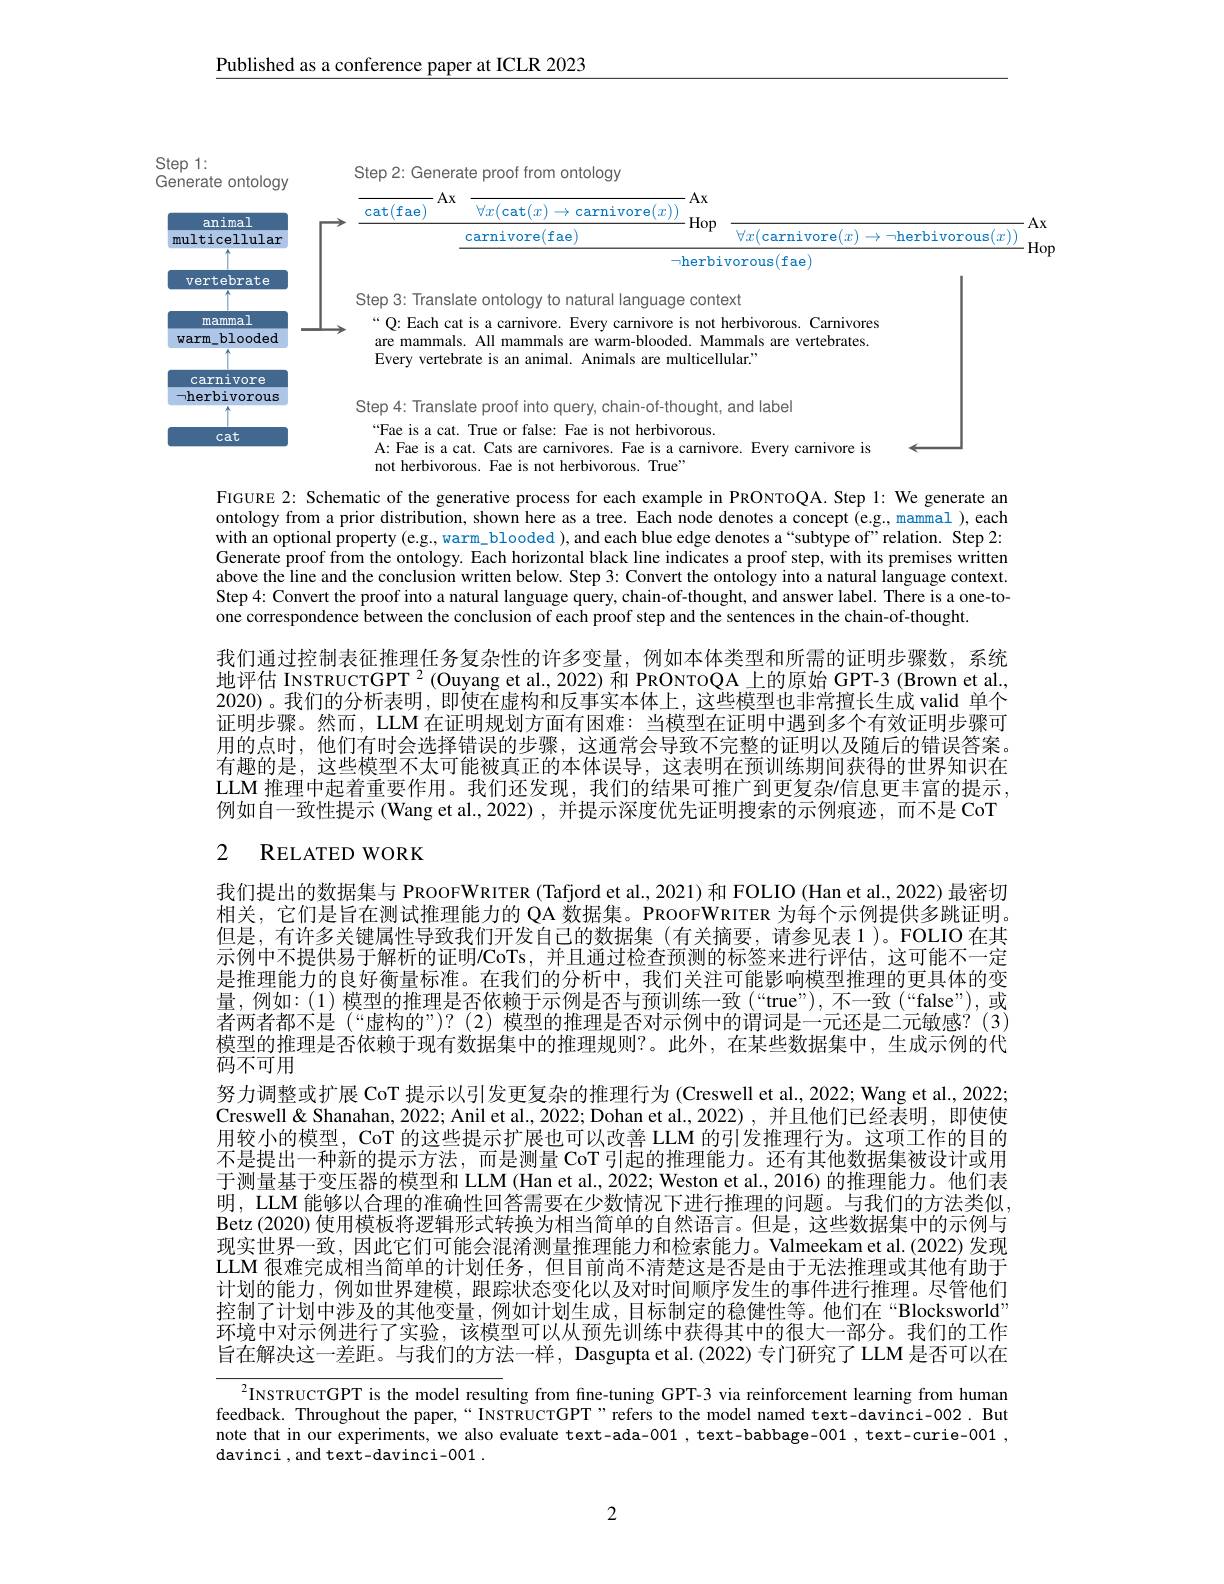
$\underline{\text{Published as a conference paper at ICLR 2023}}$

<FigureHere>

FIGURE 2: Schematic of the generative process for each example in PRONTOQA. Step 1: We generate an ontology from a prior distribution, shown here as a tree. Each node denotes a concept (e.g, mammal ), each with an optional property (e.g., warm\_blooded ), and each blue edge denotes a“subtype of”relation. Step 2: Generate proof from the ontology. Each horizontal black line indicates a proof step, with its premises written above the line and the conclusion written below. Step 3: Convert the ontology into a natural language context. Step 4: Convert the proof into a natural language query, chain-of-thought, and answer label. There is a one-toone correspondence between the conclusion of each proof step and the sentences in the chain-of-thought.

我们通过控制表征推理任务复杂性的许多变量，例如本体类型和所需的证明步骤数，系统地评估 INSTRUCTGPT $^2($Ouyang et al., 2022) 和 PRONTOQA 上的原始 GPT-3 (Brown et al., 2020)。我们的分析表明，即使在虚构和反事实本体上，这些模型也非常擅长生成 valid 单个证明步骤。然而，LLM 在证明规划方面有困难：当模型在证明中遇到多个有效证明步骤可用的点时，他们有时会选择错误的步骤，这通常会导致不完整的证明以及随后的错误答案。有趣的是，这些模型不太可能被真正的本体误导，这表明在预训练期间获得的世界知识在LLM 推理中起着重要作用。我们还发现，我们的结果可推广到更复杂$\prime$信息更丰富的提示， 例如自一致性提示 (Wang et al., 2022) , 并提示深度优先证明搜索的示例痕迹，而不是 CoT

# 2 RELATED WORK

我们提出的数据集与 PROOFWRITER (Tafjord et al., 2021) 和 FOLIO (Han et al., 2022) 最密切相关，它们是旨在测试推理能力的 QA 数据集。PROOFWRITER 为每个示例提供多跳证明。但是，有许多关键属性导致我们开发自己的数据集(有关摘要，请参见表1)。FOLIO在其示例中不提供易于解析的证明/CoTs,并且通过检查预测的标签来进行评估，这可能不一定是推理能力的良好衡量标准。在我们的分析中，我们关注可能影响模型推理的更具体的变量，例如：(1)模型的推理是否依赖于示例是否与预训练一致(“true”),不一致(“false”),或者两者都不是 (“虚构的”)? (2) 模型的推理是否对示例中的谓词是一元还是二元敏感？(3) 模型的推理是否依赖于现有数据集中的推理规则？。此外，在某些数据集中，生成示例的代码不可用
努力调整或扩展 CoT 提示以引发更复杂的推理行为 (Creswell et al., 2022; Wang et al., 2022; Creswell& Shanahan, 2022; Anil et al., 2022; Dohan et al., 2022) , 并且他们已经表明，即使使使用较小的模型，CoT 的这些提示扩展也可以改善 LLM 的引发推理行为。这项工作的目的不是提出一种新的提示方法，而是测量 CoT 引起的推理能力。还有其他数据集被设计或用于测量基于变压器的模型和 LLM (Han et al., 2022; Weston et al., 2016) 的推理能力。他们表明，LLM 能够以合理的准确性回答需要在少数情况下进行推理的问题。与我们的方法类似， Betz (2020) 使用模板将逻辑形式转换为相当简单的自然语言。但是，这些数据集中的示例与现实世界一致，因此它们可能会混淆测量推理能力和检索能力。Valmeekam et al.(2022)发现LLM 很难完成相当简单的计划任务，但目前尚不清楚这是否是由于无法推理或其他有助于计划的能力，例如世界建模，跟踪状态变化以及对时间顺序发生的事件进行推理。尽管他们控制了计划中涉及的其他变量，例如计划生成，目标制定的稳健性等。他们在“Blocksworld” 环境中对示例进行了实验，该模型可以从预先训练中获得其中的很大一部分。我们的工作旨在解决这一差距。与我们的方法一样，Dasgupta et al.(2022)专门研究了 LLM 是否可以在

$^{2}$INSTRUCTGPT is the model resulting from fine-tuning GPT-3 via reinforcement learning from human feedback. Throughout the paper,“ INSTRUCTGPT”refers to the model named text-davinci-002. But note that in our experiments, we also evaluate text-ada-001 , text-babbage-001 , text-curie-001 , davinci , and text- davinci- 001 .

2